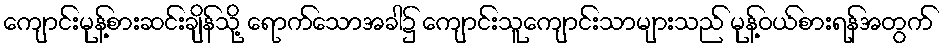
ကျောင်းမုန့်စားဆင်းချိန်သို့ ရောက်သောအခါ၌ ကျောင်းသူကျောင်းသာများသည် မုန့်ဝယ်စားရန်အတွက်